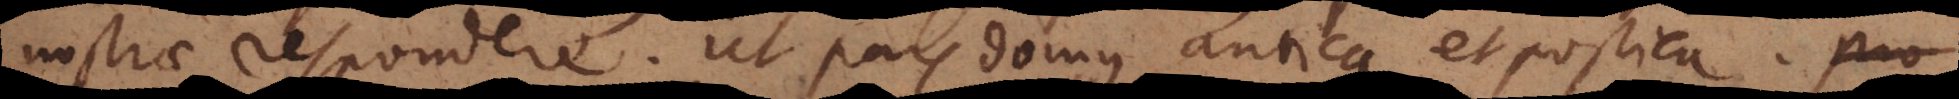
nostrae respondere. Ut pars domus antica et postica.